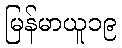
မြန်မာယူ၁၉